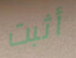
أثبت